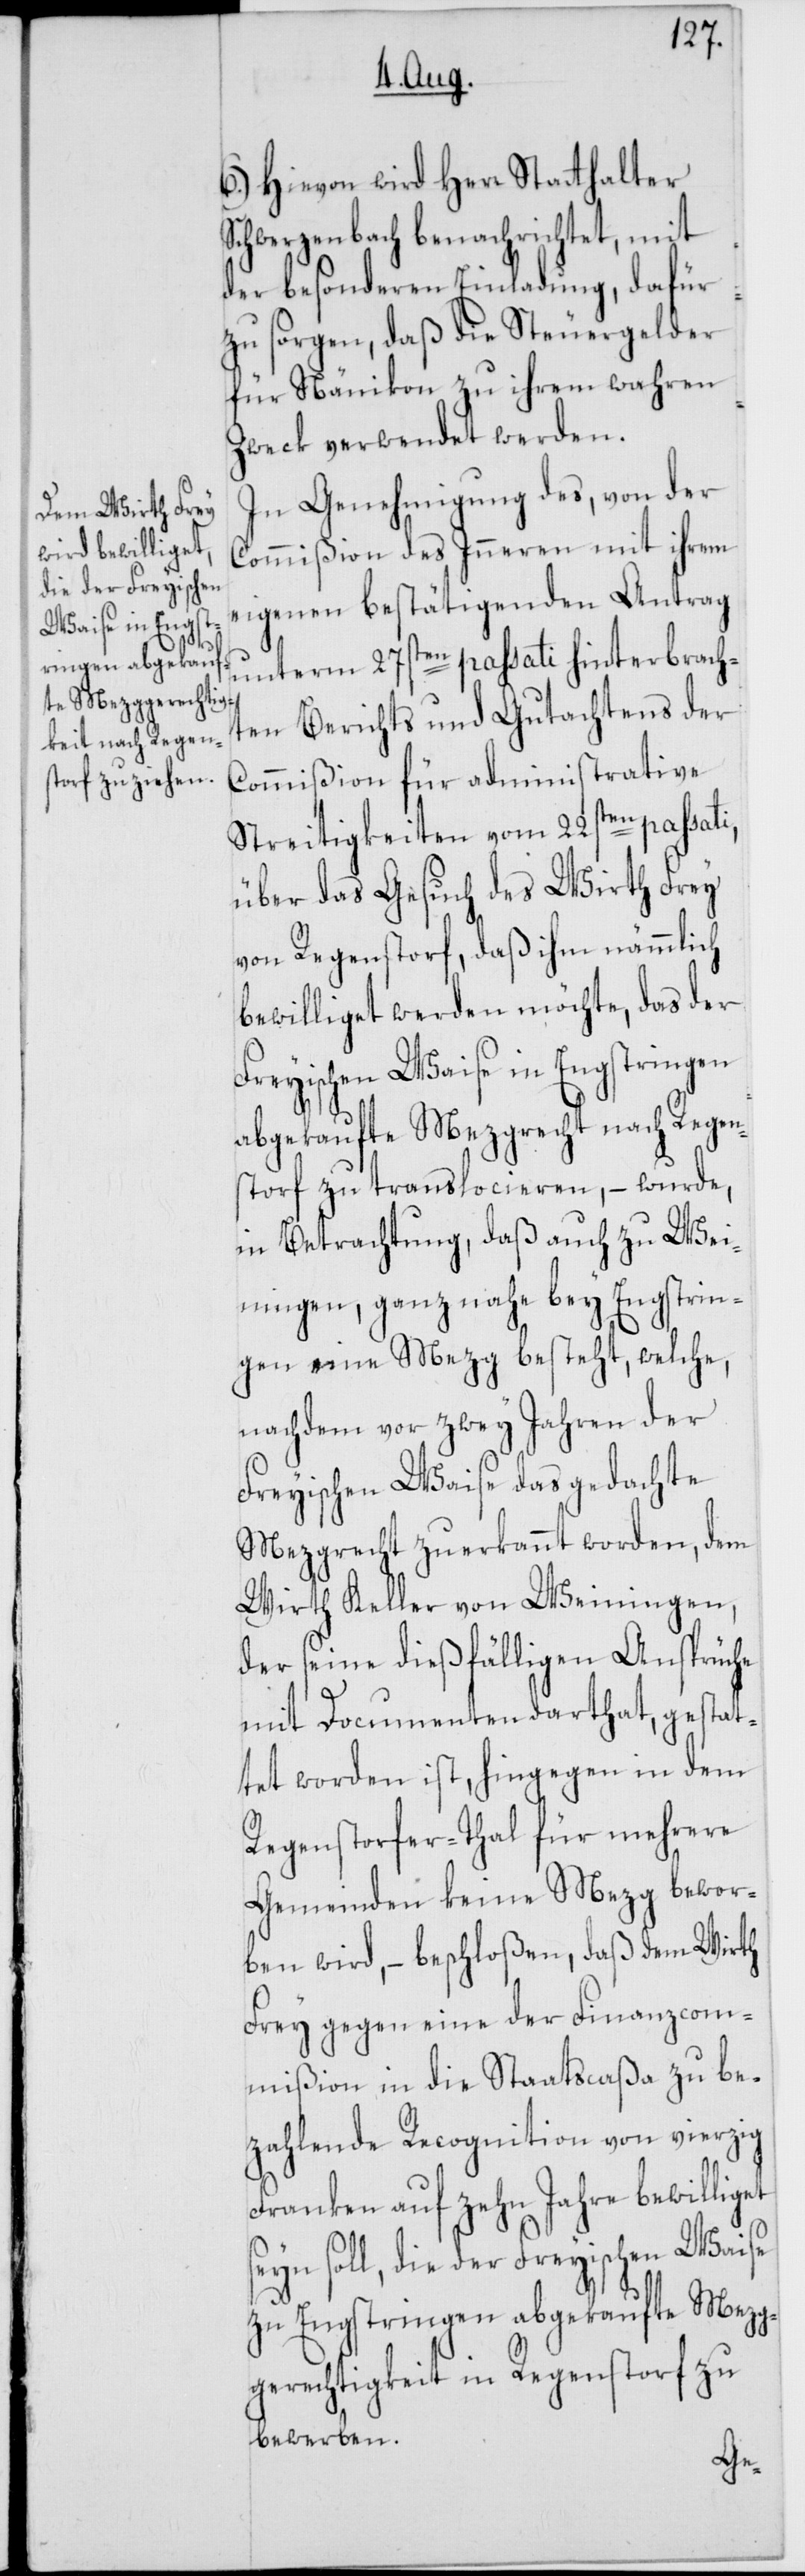
6.) Hievon wird Herr Statthalter
Schwerzenbach benachrichtet, mit
der besonderen Einladung, dafür
zu sorgen, daß die Steuergelder
für Nänikon zu ihrem wahren
Zweck verwendet werden.
In Genehmigung des, von der
Commißion des Inneren mit ihrem
eigenen bestätigenden Antrag
unterm 27sten passati hinterbrach¬
ten Berichts und Gutachtens der
Commißion für administrative
Streitigkeiten vom 22sten passati,
über das Gesuch des Wirth Frey
von Regenstorf, daß ihm nämmlich
bewilliget werden möchte, das der
Freyischen Waise in Engstringen
abgekaufte Mezgrecht nach Regen¬
storf zu translocieren, – wurde,
in Betrachtung, daß auch zu Wei¬
ningen, ganz nahe bey Engstrin¬
gen eine Mezg besteht, welche,
nachdem vor zwey Jahren der
Freyischen Waise das gedachte
Mezgrecht zuerkannt worden, dem
Wirth Keller von Weiningen,
der seine dießfälligen Ansprüche
mit Documenten darthat, gestat¬
tet worden ist, hingegen in dem
Regenstorfer-Thal für mehrere
Gemeinden keine Mezg bewor¬
ben wird, – beschloßen, daß dem Wirth
Frey gegen eine der Finanzcom¬
mißion in die Staatscaßa zu be¬
zahlende Recognition von vierzig
Franken auf zehn Jahre bewilliget
seyn soll, die der Freyischen Waise
zu Engstringen abgekaufte Mezg¬
gerechtigkeit in Regenstorf zu
bewerben.